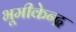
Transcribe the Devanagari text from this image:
भूमीकेन्द्र